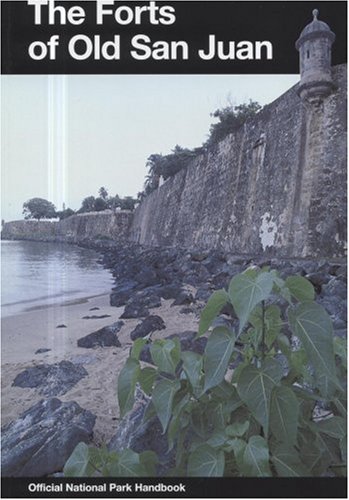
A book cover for Forts of Old San Juan: San Juan National Historic Site, Puerto Rico (National Park Service Handbook); S/N 024-005-01159-5; Travel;